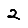
Digit: 2